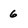
Character: 6